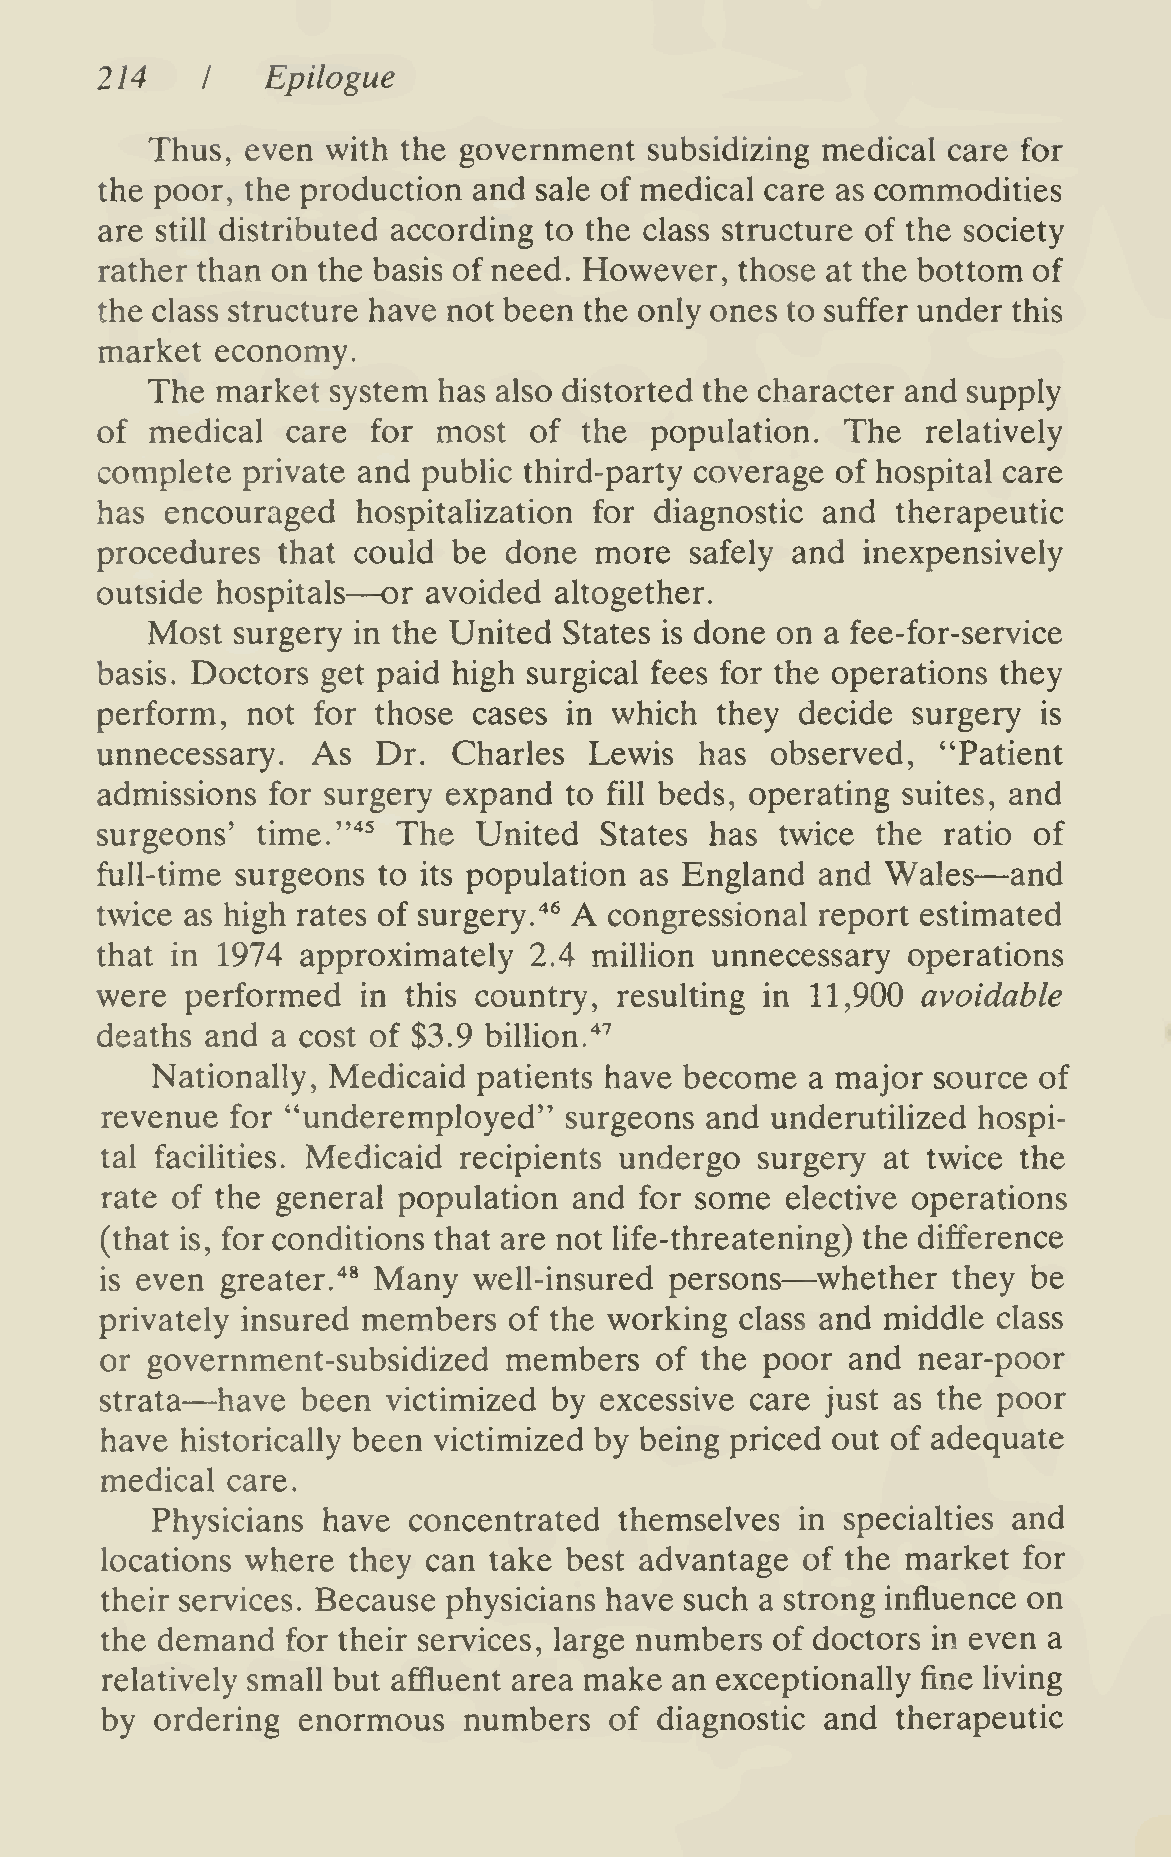
214         Epilogue
 I
 Thus, even  with the government  subsidizing medical care for
 the poor, the production and sale of medical care as commodities
 are still distributed according to the class structure of the society
 rather than on the basis of need. However, those at the bottom of
 the class structure have not been the only ones to suffer under this
 market economy.
 The market  system has also distorted the character and supply
 of  medical  care  for most  of  the population.  The  relatively
 complete  private and public third-party coverage of hospital care
 has  encouraged   hospitalization for diagnostic and therapeutic
 procedures  that could  be done  more   safely and inexpensively
 —
 outside hospitals  or avoided  altogether.
 Most surgery in the United States is done on a fee-for-service
 basis. Doctors get paid high surgical fees for the operations they
 perform,  not  for those cases in which  they  decide surgery  is
 unnecessary.   As  Dr.  Charles  Lewis  has  observed,  "Patient
 admissions  for surgery expand to fill beds, operating suites, and
 surgeons'  time.'"*^ The  United  States has  twice the ratio of
 —
 full-time surgeons to its population as England and  Wales   and
 A
 twice as high rates of surgery."^^ congressional report estimated
 that in 1974  approximately  2.4 million unnecessary  operations
 were  performed   in this country, resulting in 11,900 avoidable
 deaths  and a cost of $3.9 billion.'*''
 Nationally, Medicaid  patients have become  a major source of
 revenue for "underemployed"   surgeons  and underutilized hospi-
 tal facilities. Medicaid recipients undergo surgery at twice the
 rate of the general population and for some  elective operations
 (that is, for conditions that are not life-threate —ning) the difference
 is even greater.'** Many well-insured persons  whether  they be
 privately insured members  of the working class and middle class
 or government-subsidized  members   of the  poor and  near-poor
 —
 strata have  been  victimized by excessive care just as the poor
 have historically been victimized by being priced out of adequate
 medical care.
 Physicians have  concentrated  themselves  in specialties and
 locations where they can take best advantage  of the market  for
 their services. Because physicians have such a strong influence on
 the demand  for their services, large numbers of doctors in even a
 relatively small but affluent area make an exceptionally fine living
 by ordering  enormous   numbers  of  diagnostic and therapeutic